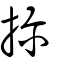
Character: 擟